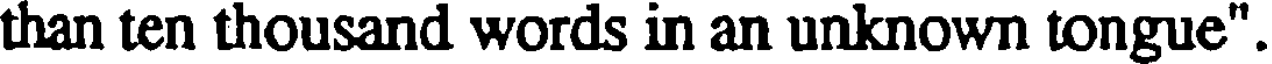
than ten thousand words in an unknown tongue".